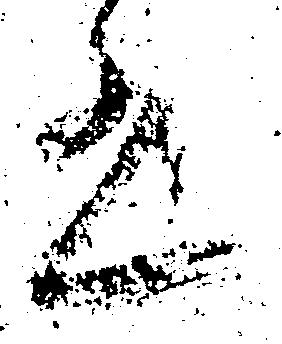
書